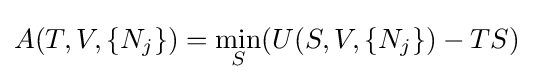
A(T,V,\{N_{j}\})={\underset {S}{\mathrm {min} }}(U(S,V,\{N_{j}\})-TS)